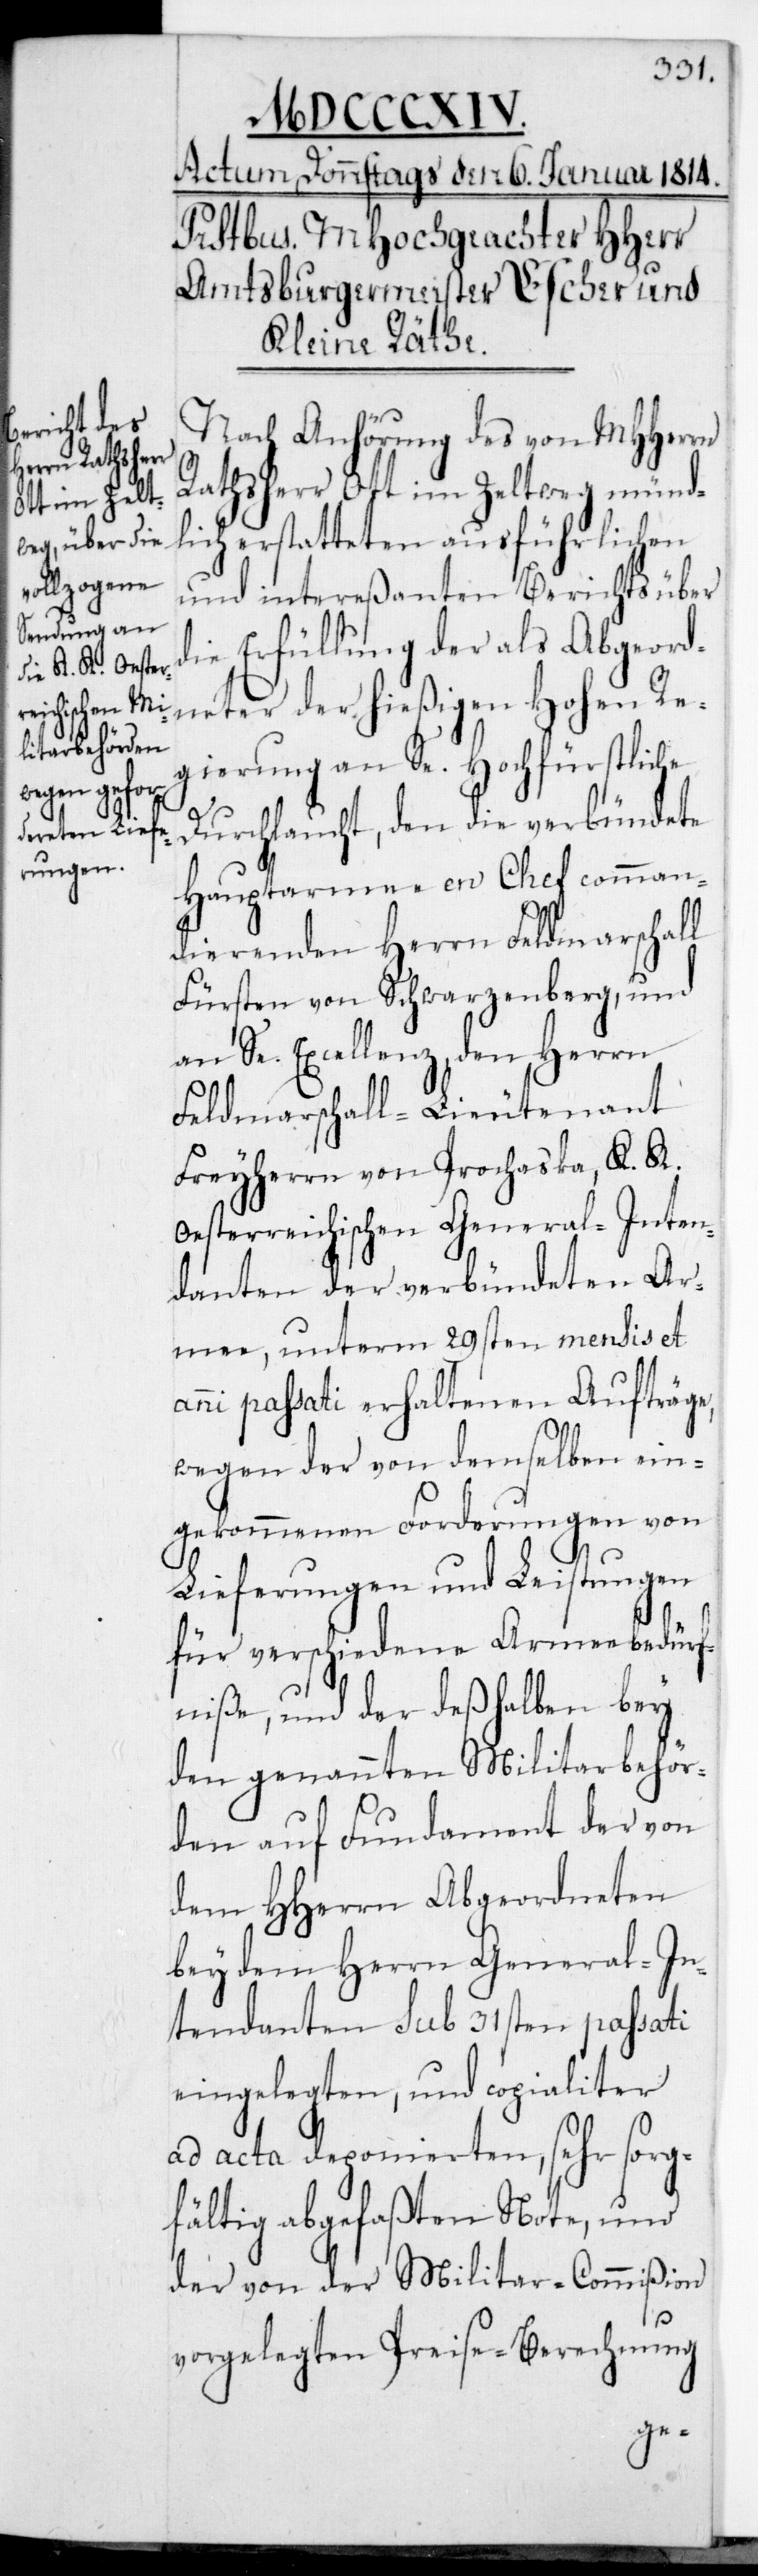
Nach Anhörung des von MHHerrn
Rathsherr Ott im Zeltweg münd¬
lich erstatteten ausführlichen
und intereßanten Berichts über
die Erfüllung der als Abgeord¬
neter der hießigen Hohen Re¬
gierung an Se Hochfürstliche
Durchlaucht, den die verbündete
Hauptarmee en Chef comman¬
dierenden Herrn Feldmarschall
Fürsten von Schwarzenberg, und
an Se Exzellenz den Herrn
Feldmarschall-Lieutenant
Freyherrn von Prochaska, K. K.
Oesterreichischen General-Inten¬
danten der verbündeten Ar¬
mee, unterm 29sten mensis et
anni passati erhaltenen Aufträge,
wegen der von demselben ein¬
gekommenen Forderungen von
Lieferungen und Leistungen
für verschiedene Armeebedürf¬
niße, und der deshalben bey
den genannten Militarbehör¬
den auf Fundament der von
dem HHerrn Abgeordneten
bey dem Herrn General-In¬
tendanten sub 31sten passati
eingelegten, und copialiter
ad acta deponierten, sehr sorg¬
fältig abgefaßten Note, und
der von der Militar-Commißion
vorgelegten Preise-Berechnung